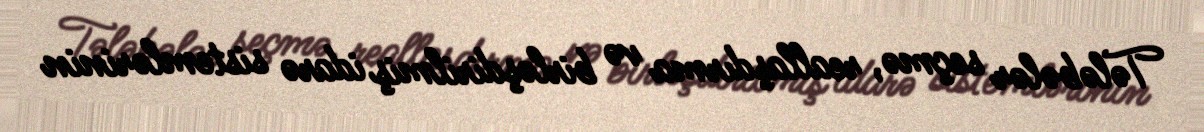
Tələbələr seçmə, reallaşdırma və birləşdirilmiş idarə sistemlərinin